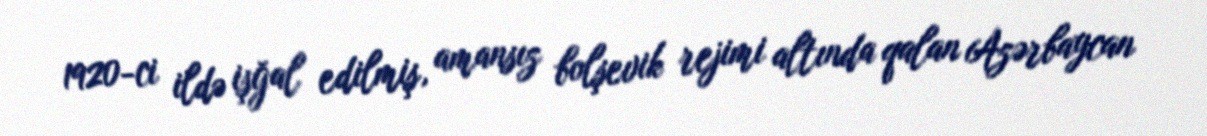
1920-ci ildə işğal edilmiş, amansız bolşevik rejimi altında qalan Azərbaycan